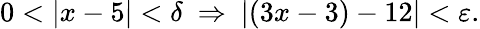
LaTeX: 0<|x-5|<\delta\ \Rightarrow\ |(3x-3)-12|<\varepsilon.